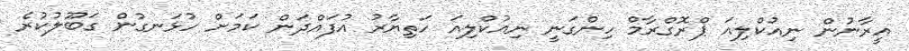
އީރާނުން ނިއުކްލިއަ ޕްރޮގްރާމް ހިންގަނީ ނިއުކްލިއަ ހަތިޔާރު އުފައްދަން ކަމަށް ހުޅަނގުން ގަބޫލުކުރެ